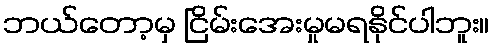
ဘယ်တော့မှ ငြိမ်းအေးမှုမရနိုင်ပါဘူး။